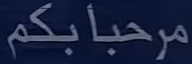
مرحباً بكم